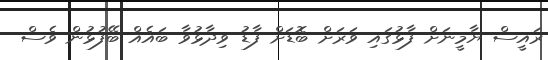
ރައީސް ޔާމީނަށް ފާޅުގައި ވަރަށް ބޮޑަށް ފާޑު ވިދާޅުވާ ބައެއް ބޭފުޅުން ވެސް